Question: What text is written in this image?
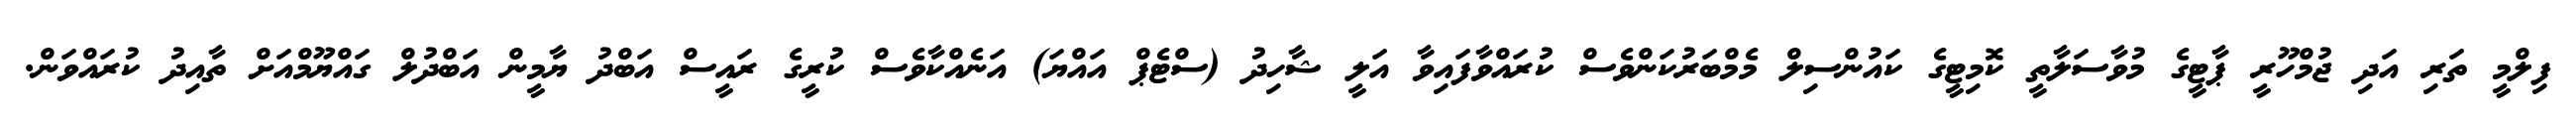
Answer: ފިލްމީ ތަރި އަދި ޖުމްހޫރީ ޕާޓީގެ މުވާސަލާތީ ކޮމިޓީގެ ކައުންސިލް މެމްބަރުކަންވެސް ކުރައްވާފައިވާ އަލީ ޝާހިދު (ސްޓެޕް އައްޔަ) އަނެއްކާވެސް ކުރީގެ ރައީސް އަބްދު ޔާމީން އަބްދުލް ގައްޔޫމްއަށް ތާއިދު ކުރައްވަން.